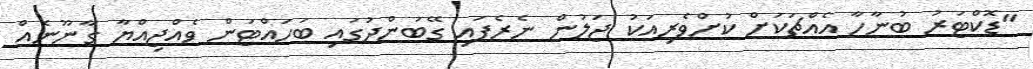
"ޑޮކްޓަރު ބުނާހާ އެއްޗަކަށް ކުށްވެރިއަކު ޖަލުން ނެރެފައި ގޭބަންދުގައި ބަހައްޓަން ވެއްޖިއްޔާ ގާނޫނެއް